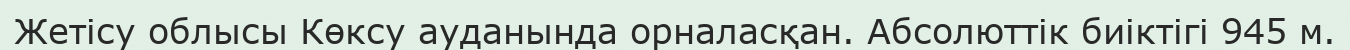
Жетісу облысы Көксу ауданында орналасқан. Абсолюттік биіктігі 945 м.